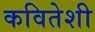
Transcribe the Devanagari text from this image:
कवितेशी